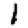
Digit: 1